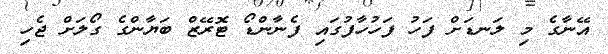
އޭނާގެ މި ލަނޑަށް ފަހު ފަހުހާފުގައި ފެނާންޑޯ ޓޮރޭޒް ބަޔާންގެ ގޯލަށް ޖެހި